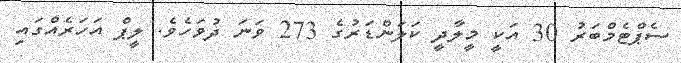
ސެޕްޓެމްބަރު 30 އަކީ މީލާދީ ކަލަންޑަރުގެ 273 ވަނަ ދުވަހެވެ. ލީޕް އަހަރެއްގައި